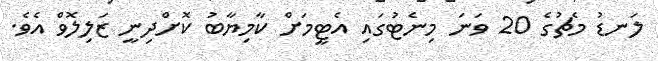
ލަނޑު މެޗުގެ 20 ވަނަ މިނެޓުގައި އެޓީމަށް ކާމިޔާބު ކޮށްދިނީ ޒަލިލޮވް އެވެ.